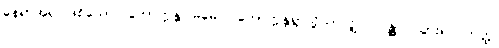
နေရာအရပ်ဖြစ်သော။ ဘောက္ကန္တဂါမမေဝ၊ ဘောက္ကန္တရွာသို့သာလျှင်။ ဂန္တွာ၊ သွား၍။ တတ္ထ၊